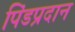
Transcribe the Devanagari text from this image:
पिंडप्रदान